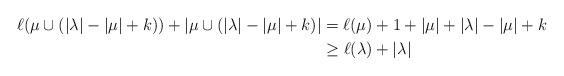
LaTeX: \begin{align*}\ell(\mu\cup(|\lambda|-|\mu|+k))+|\mu\cup(|\lambda|-|\mu|+k)|&=\ell(\mu)+1+|\mu|+|\lambda|-|\mu|+k \\&\geq \ell(\lambda)+|\lambda|\end{align*}